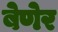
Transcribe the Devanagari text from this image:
बेणेर